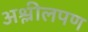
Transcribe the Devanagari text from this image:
अश्लीलपण